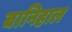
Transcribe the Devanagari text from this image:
बानिहाल